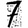
Digit: 7